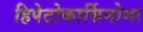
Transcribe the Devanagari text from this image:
हिपेटोकार्सिनोमा